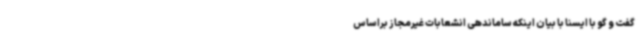
گفت و گو با ایسنا با بیان اینکه ساماندهی انشعابات غیرمجاز براساس